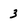
Character: 3